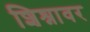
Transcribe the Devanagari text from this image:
शिश्नावर